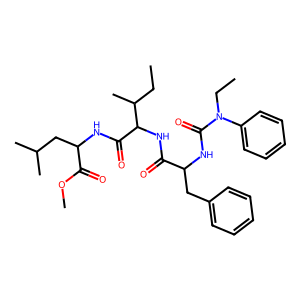
SMILES: CCC(C)C(NC(=O)C(Cc1ccccc1)NC(=O)N(CC)c1ccccc1)C(=O)NC(CC(C)C)C(=O)OC
Inhibits HIV replication: No